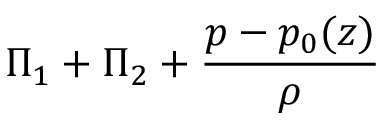
\Pi _ { 1 } + \Pi _ { 2 } + \frac { p - p _ { 0 } ( z ) } { \rho }